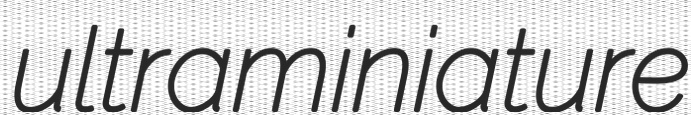
ultraminiature